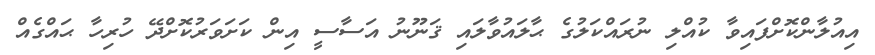
އިއުލާންކޮށްފައިވާ ކުއްލި ނުރައްކަލުގެ ޙާލައުވާލައި ޤަނޫނު އަސާސީ އިން ކަށަވަރުކޮށްދޭ ހުރިހާ ޙައްގެއް